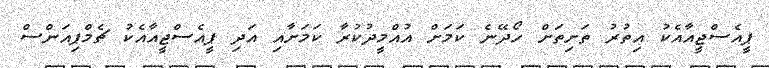
ޕީއެސްޖީއާއެކު އިތުރު ތަށިތަށް ހޯދޭނެ ކަމަށް އުއްމީދުކުރާ ކަމަށާއި އަދި ޕީއެސްޖީއާއެކު ޗެމްޕިއަންސް